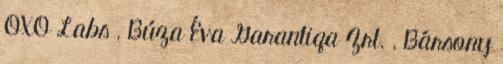
OXO Labs , Búza Éva Garantiqa Zrt. , Bársony